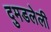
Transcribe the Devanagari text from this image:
दुमडलेली